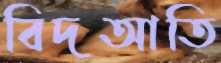
বিদআতি